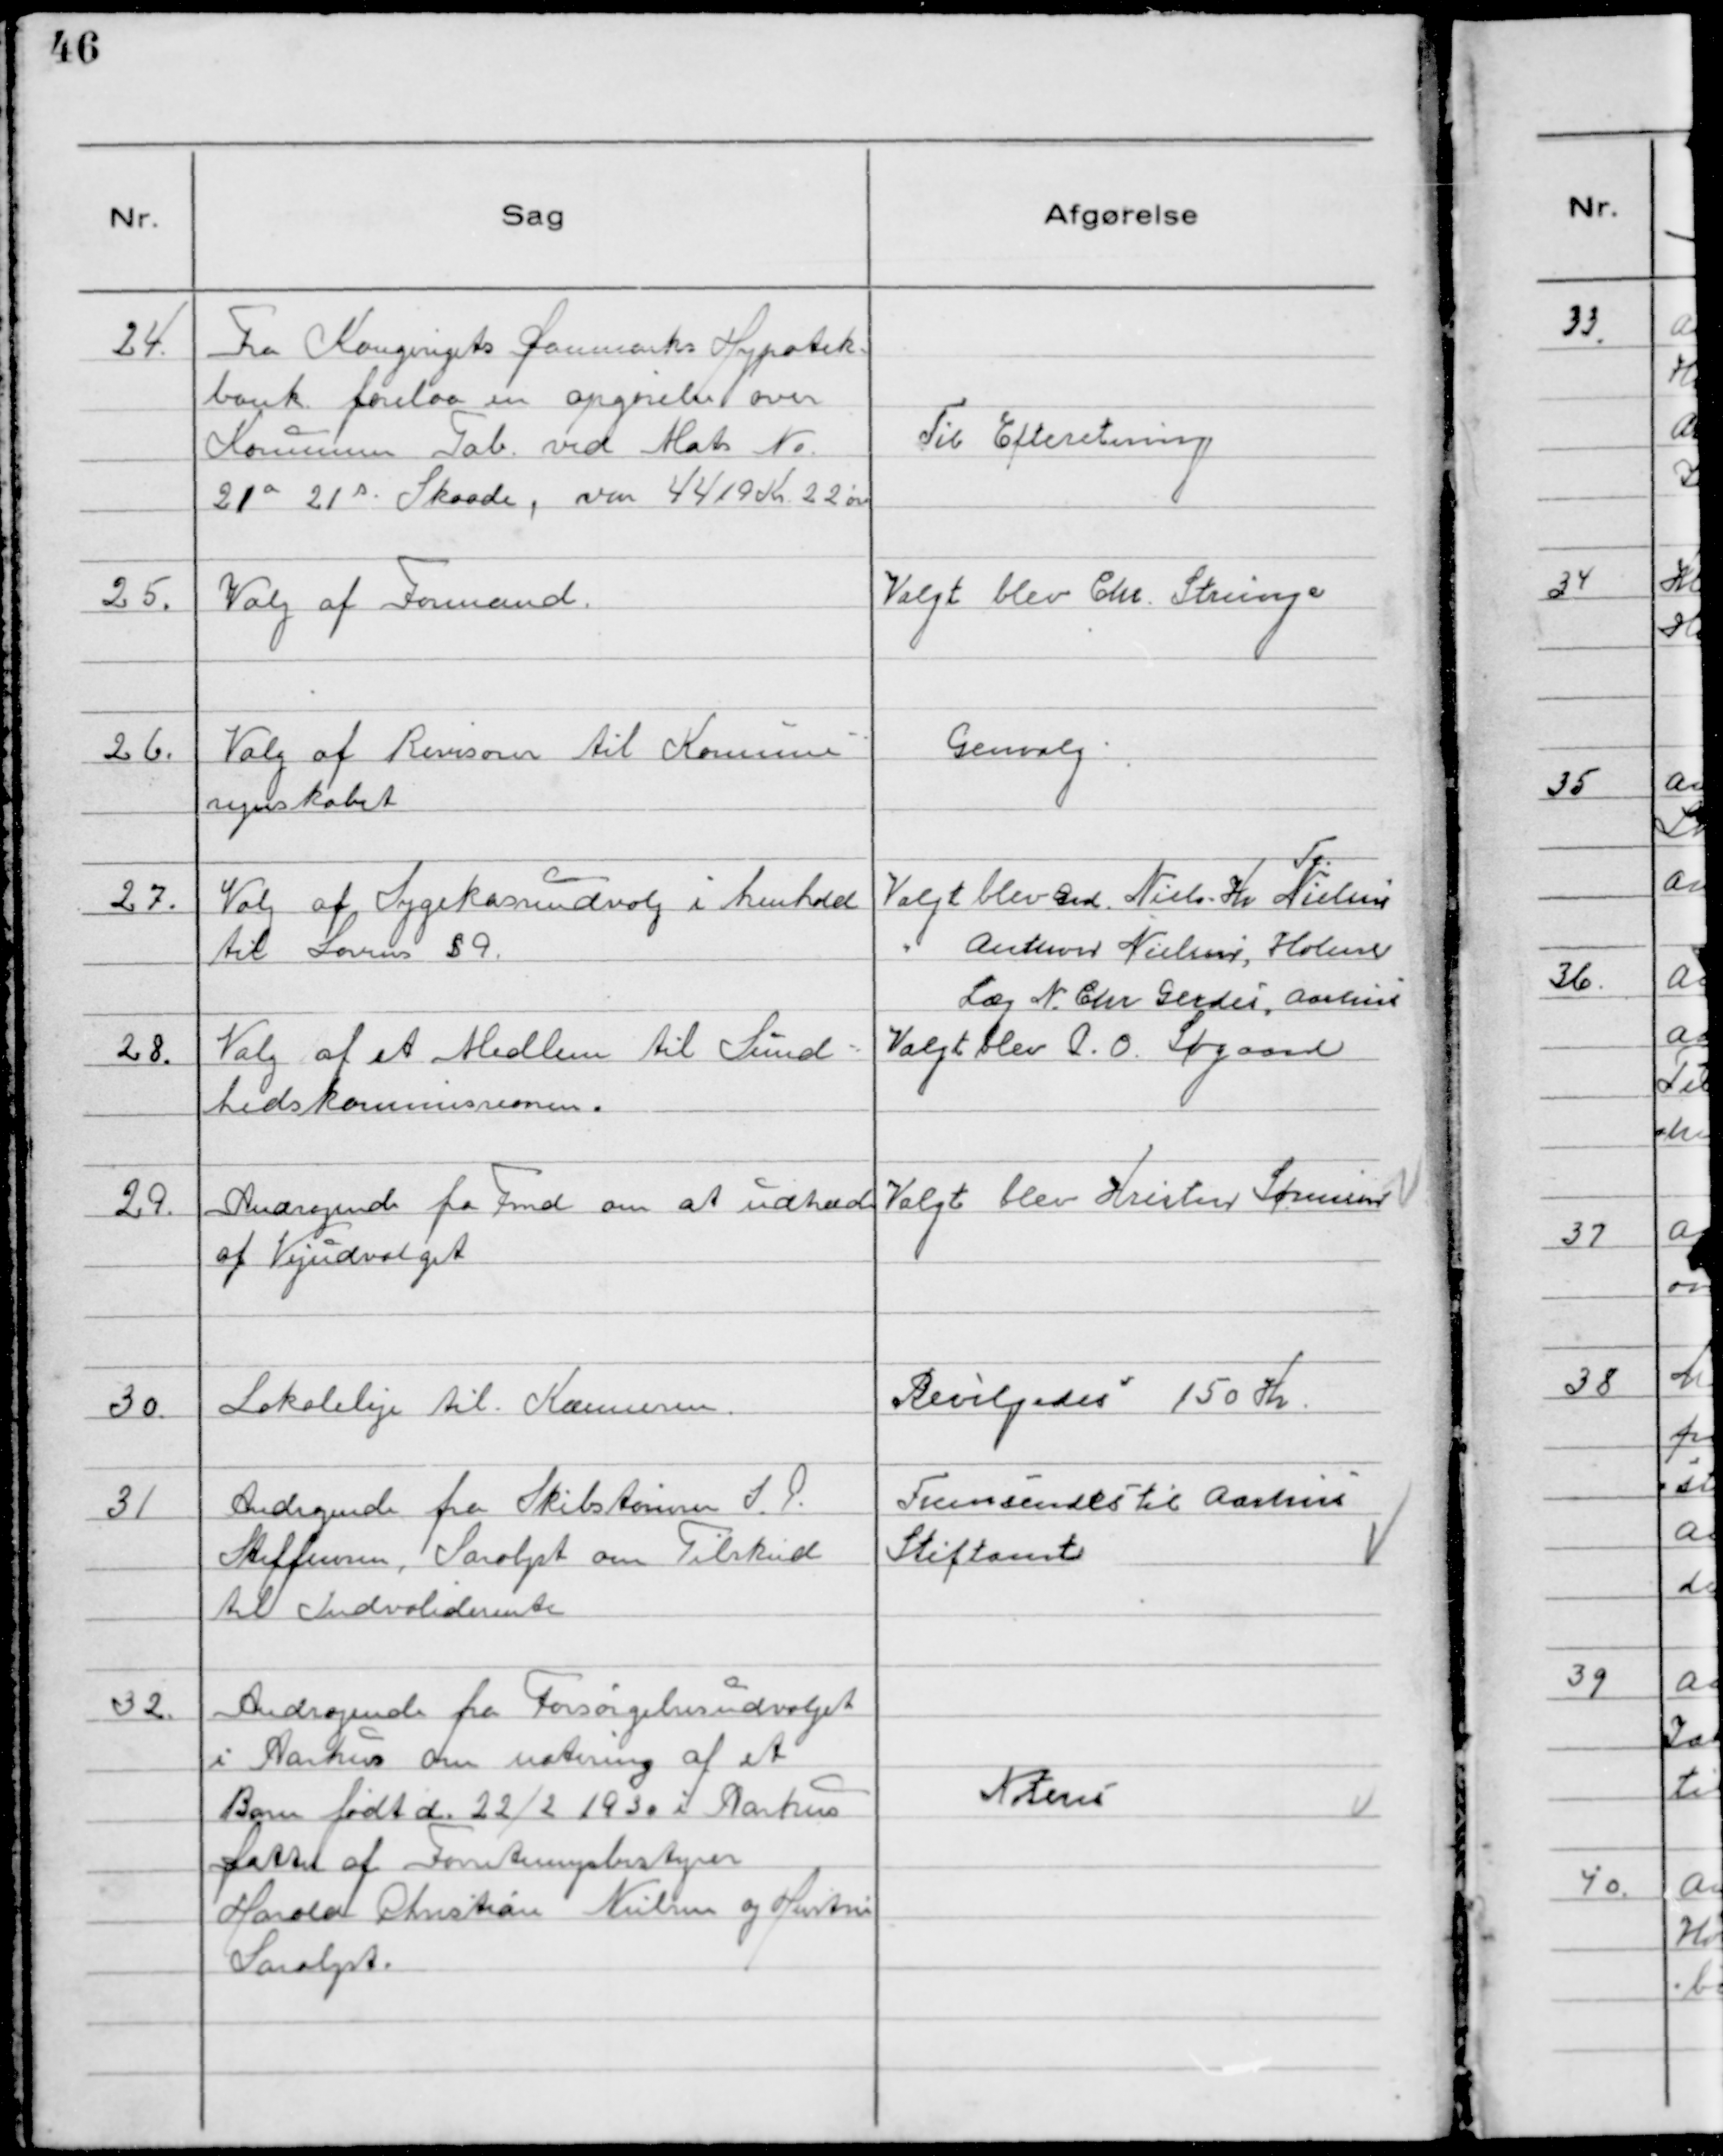
Transskription:
24. Fra Kongerigets Danmarks Hypotek-
bank forelaa en opgørelse over
Kommune Tab ved Matr N°
21a 21 Skaade, var 4419 Kr. 22 øre

Til Efteretning

25. Valg af Formand.

Valgt blev Chr. Strunge

26. Valg af Revisorer til Kommune-
regnskabet

Genvalg

27. Valg af Sygekasseudvalg i henhold
til Lovens § 9.

Valgt blev Grd. Niels Kr Nielsen
Anthon Nielsen, Holme
Læg N. Chr Gerdes, Aarhus

28. Valg af et Medlem til Sund-
hedskommissionen.

Valgt blev P.O. Søgaard

29. Andragende fra Fmd om at udtræde
af Vejudvalget

Valgt blev Kristen Sørensen

30. Lokaleleje til Kommune.

Bevilgedes 150 Kr.

31 Andragende fra Skibstømrer J. P.
Steffensen, Saralyst om Tilskud
til Indvaliderente

Fremsendes til Aarhus
Stiftamt

32. Andragende fra Forsørgelsesudvalget
i Aarhus om notering af et
Barn født d. 22/2 1930 i Aarhus
Datter af Forretningsbestyrer
Harold Christian Nielsen og Hustru
Saralyst.

Notereś